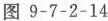
图9-7-2-14